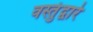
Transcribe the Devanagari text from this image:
वस्तुंद्वारे